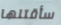
سأقتلها